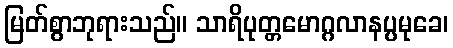
မြတ်စွာဘုရားသည်။ သာရိပုတ္တမောဂ္ဂလာနပ္ပမုခေ၊